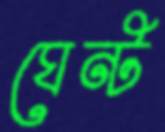
ঘেন্ট